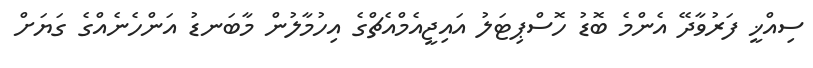
ސިއްޚީ ފަރުވާދޭ އެންމެ ބޮޑު ހޮސްޕިޓަލު އައިޖީއެމްއެޗްގެ އިހުމާލުން މާބަނޑު އަންހެނެއްގެ ގަޔަށް